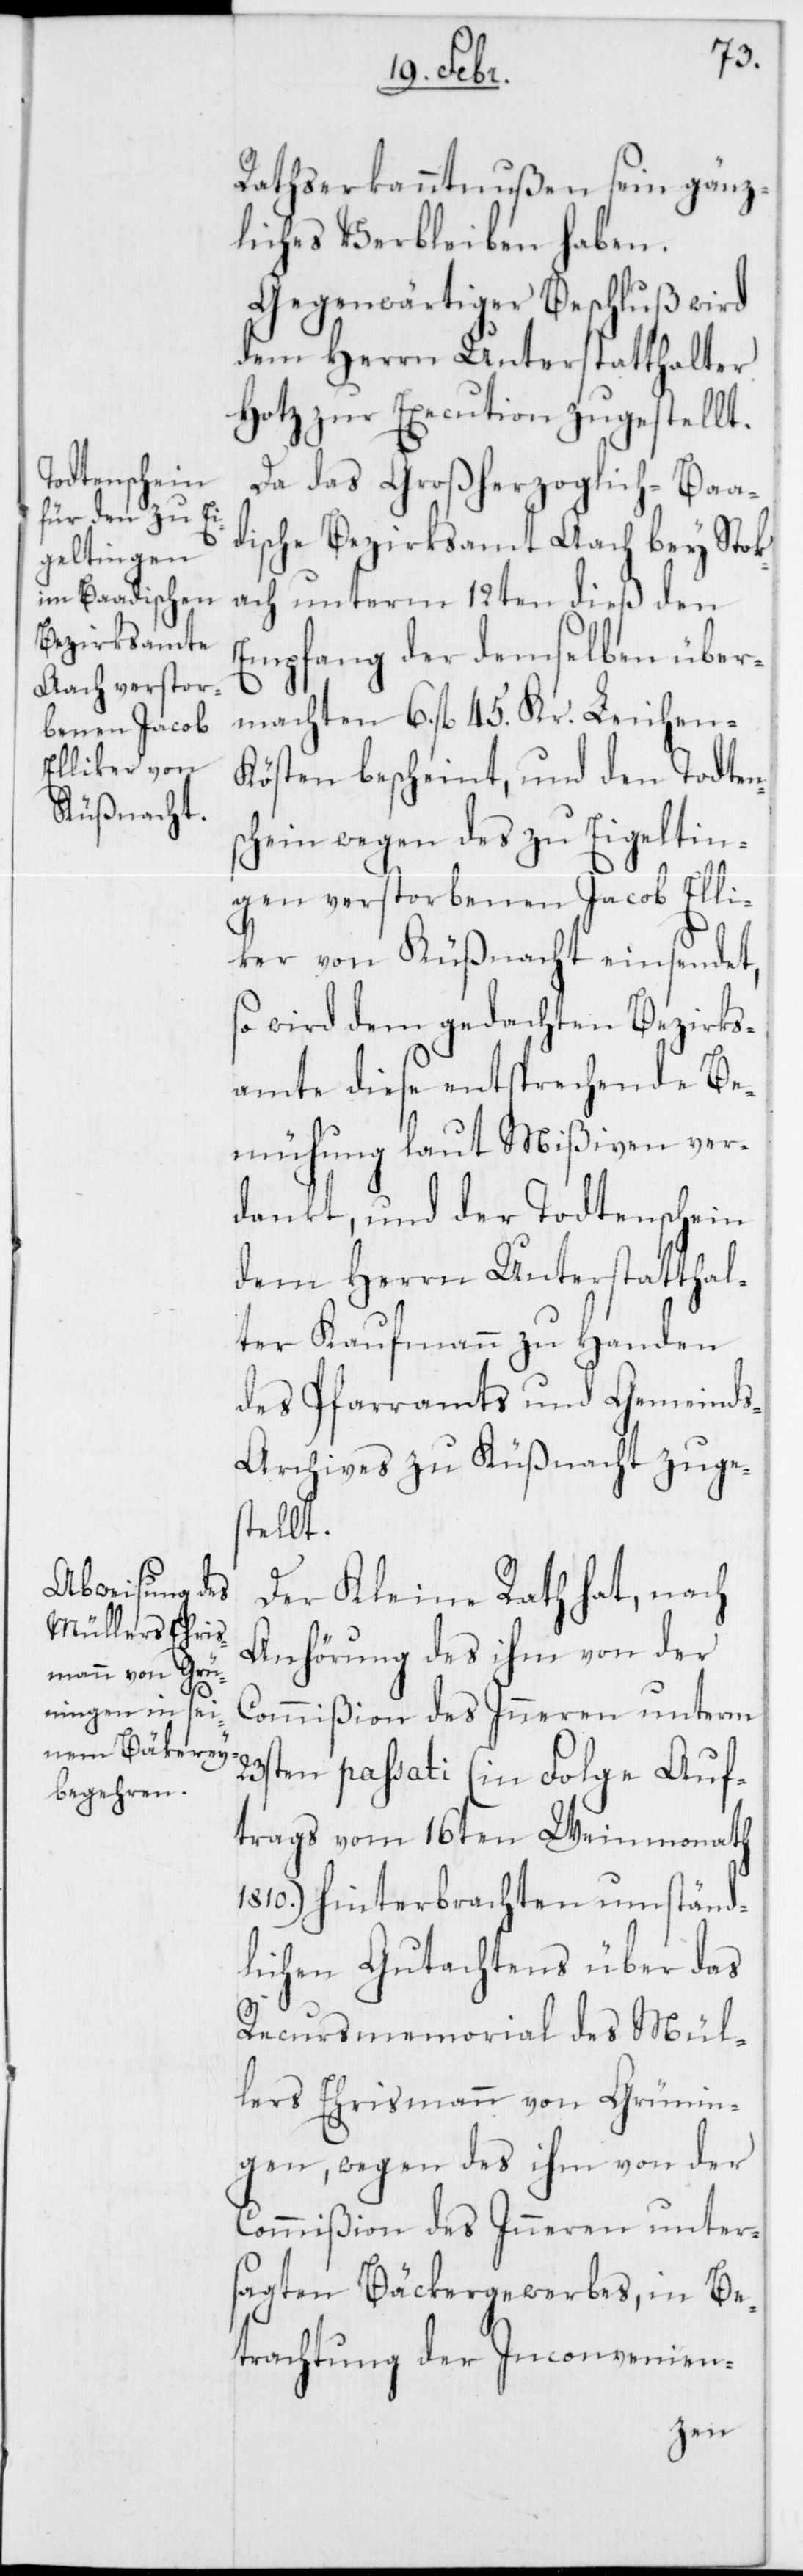
Rathserkanntnußen sein gänz¬
liches Verbleiben haben.
Gegenwärtiger Beschluß wird
dem Herrn Unterstatthalter
Hotz zur Execution zugestellt.
Da das Großherzoglich-Baa¬
dische Bezirksamt Aach bey Stok¬
ach unterm 12ten dieß den
Empfang der demselben über¬
machten 6. fl. 45. Kr. Leichen-K¬
östen bescheint, und den Todten¬
schein wegen des zu Eigeltin¬
gen verstorbenen Jacob Elli¬
ker von Küßnacht einsendet,
so wird dem gedachten Bezirks¬
amte diese entsprechende Be¬
mühung laut Mißiven ver¬
dankt, und der Todtenschein
dem Herrn Unterstatthal¬
ter Kaufmann zu Handen
des Pfarramts und Gemeind¬
s-Archivs zu Küßnacht zuge¬
stellt.
Der Kleine Rath hat, nach
Anhörung des ihm von der
Commißion des Inneren unterm
23sten passati (in Folge Auf¬
trags vom 16ten Weinmonath
1810.) hinterbrachten umständ¬
lichen Gutachtens über das
Recursmemorial des Mül¬
lers Ehrismann von Grünin¬
gen, wegen des ihm von der
Commißion des Inneren unter¬
sagten Bäckergewerbes, in Be¬
trachtung der Inconvenien-